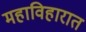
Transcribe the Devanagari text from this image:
महाविहारात